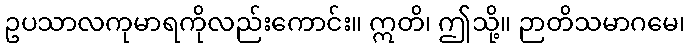
ဥပသာလကုမာရကိုလည်းကောင်း။ ဣတိ၊ ဤသို့။ ဉာတိသမာဂမေ၊